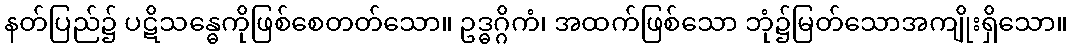
နတ်ပြည်၌ ပဋိသန္ဓေကိုဖြစ်စေတတ်သော။ ဥဒ္ဓဂ္ဂိကံ၊ အထက်ဖြစ်သော ဘုံ၌မြတ်သောအကျိုးရှိသော။